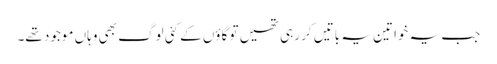
جب یہ خواتین یہ باتیں کر رہی تھیں تو گاؤں کے کئی لوگ بھی وہاں موجود تھے۔